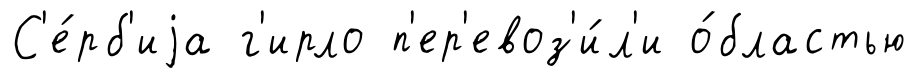
С'е́рб'иjа г'ирло п'ер'евоз'и́л'и о́бластью